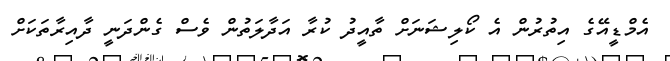
އެމްޑީއޭގެ އިތުރުން އެ ކޯލިޝަނަށް ތާއީދު ކުރާ އަދާލަތުން ވެސް ގެންދަނީ ދާއިރާތަކަށް